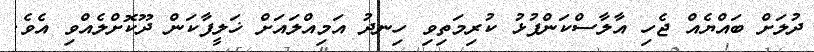
ދުލަށް ބައްޔެއް ޖެހި އާލާސްކަންފުޅު ކުރިމަތިވި ހިނދު އަމިއްލައަށް ޚަލީފާކަން ދޫކޮށްލެއްވި އެވެ.